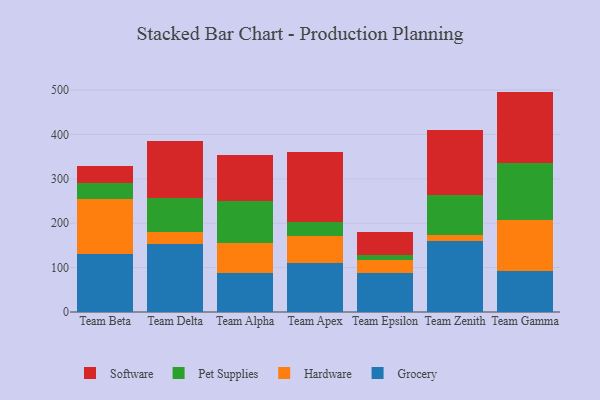
{"axis": {"x": "Team", "y": "Bounce Rate (%)"}, "legend": ["Grocery", "Hardware", "Pet Supplies", "Software"], "data": [{"x": "Team Beta", "y": 130.0, "type": "Grocery"}, {"x": "Team Beta", "y": 125.0, "type": "Hardware"}, {"x": "Team Beta", "y": 34.7, "type": "Pet Supplies"}, {"x": "Team Beta", "y": 39.1, "type": "Software"}, {"x": "Team Delta", "y": 153.5, "type": "Grocery"}, {"x": "Team Delta", "y": 26.1, "type": "Hardware"}, {"x": "Team Delta", "y": 78.2, "type": "Pet Supplies"}, {"x": "Team Delta", "y": 127.7, "type": "Software"}, {"x": "Team Alpha", "y": 88.5, "type": "Grocery"}, {"x": "Team Alpha", "y": 67.6, "type": "Hardware"}, {"x": "Team Alpha", "y": 94.7, "type": "Pet Supplies"}, {"x": "Team Alpha", "y": 103.9, "type": "Software"}, {"x": "Team Apex", "y": 111.3, "type": "Grocery"}, {"x": "Team Apex", "y": 60.1, "type": "Hardware"}, {"x": "Team Apex", "y": 31.5, "type": "Pet Supplies"}, {"x": "Team Apex", "y": 157.3, "type": "Software"}, {"x": "Team Epsilon", "y": 88.2, "type": "Grocery"}, {"x": "Team Epsilon", "y": 28.5, "type": "Hardware"}, {"x": "Team Epsilon", "y": 12.2, "type": "Pet Supplies"}, {"x": "Team Epsilon", "y": 52.4, "type": "Software"}, {"x": "Team Zenith", "y": 159.2, "type": "Grocery"}, {"x": "Team Zenith", "y": 14.1, "type": "Hardware"}, {"x": "Team Zenith", "y": 89.5, "type": "Pet Supplies"}, {"x": "Team Zenith", "y": 147.6, "type": "Software"}, {"x": "Team Gamma", "y": 92.8, "type": "Grocery"}, {"x": "Team Gamma", "y": 114.3, "type": "Hardware"}, {"x": "Team Gamma", "y": 128.4, "type": "Pet Supplies"}, {"x": "Team Gamma", "y": 161.0, "type": "Software"}]}